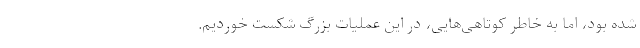
شده بود، اما به خاطر کوتاهی‌هایی، در این عملیات بزرگ شکست خوردیم.